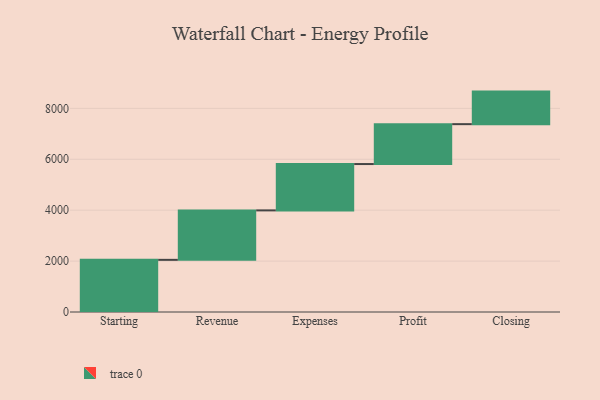
{"axis": {"x": "Step", "y": "Value"}, "legend": [""], "data": [{"x": "Starting", "y": 2049.0, "type": ""}, {"x": "Revenue", "y": 1943.0, "type": ""}, {"x": "Expenses", "y": 1821.0, "type": ""}, {"x": "Profit", "y": 1567.0, "type": ""}, {"x": "Closing", "y": 1279.0, "type": ""}]}